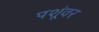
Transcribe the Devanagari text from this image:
पशूंवर